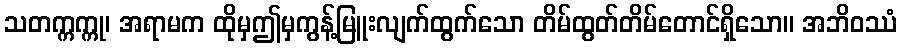
သတက္ကက္ကု၊ အရာမက ထိုမှဤမှကွန့်မြူးလျက်ထွက်သော တိမ်ထွတ်တိမ်တောင်ရှိသော။ အဘိဝဿံ